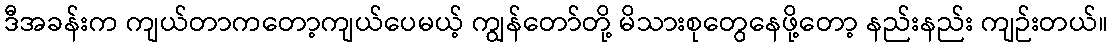
ဒီအခန်းက ကျယ်တာကတော့ကျယ်ပေမယ့် ကျွန်တော်တို့ မိသားစုတွေနေဖို့တော့ နည်းနည်း ကျဉ်းတယ်။